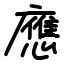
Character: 應